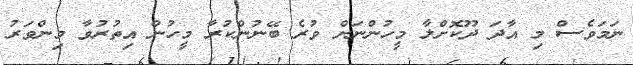
ނަމަވެސް މި އާދަ ދޫކޮށްލާ މީހުންނަށް ވުރެ ބޭނުންކުރާ މީހުން އިތުރުވާ މިންވަރު